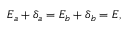
\begin{array} { r } { E _ { a } + \delta _ { a } = E _ { b } + \delta _ { b } = E , } \end{array}